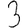
Digit: 3